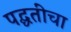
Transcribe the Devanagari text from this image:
पद्घतींचा